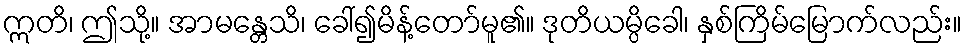
ဣတိ၊ ဤသို့။ အာမန္တေသိ၊ ခေါ်၍မိန့်တော်မူ၏။ ဒုတိယမ္ပိခေါ၊ နှစ်ကြိမ်မြောက်လည်း။